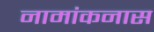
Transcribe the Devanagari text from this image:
नामांकनास